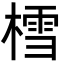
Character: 樰